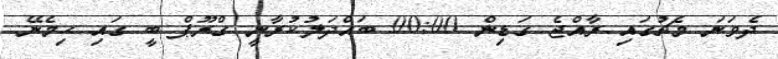
ދެވަނަ މެޗުގައި ރާއްޖެ ގަޑިން 00:00 ބައްދަލުކުރާނީ ގްރޫޕް ބީ ގައި ހިމެނޭ